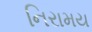
નિરામય